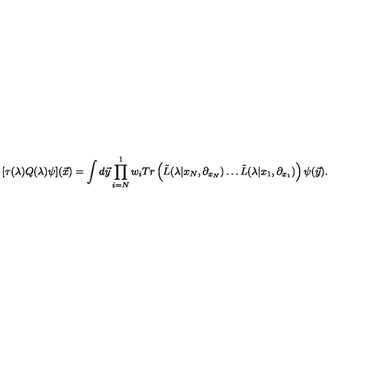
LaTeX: [ \tau ( \lambda ) Q ( \lambda ) \psi ] ( { \vec { x } } ) = \int d { \vec { y } } \prod _ { i = N } ^ { 1 } w _ { i } T r \left( { \tilde { L } } ( \lambda | x _ { N } , \partial _ { x _ { N } } ) \ldots { \tilde { L } } ( \lambda | x _ { 1 } , \partial _ { x _ { 1 } } ) \right) \psi ( { \vec { y } } ) .